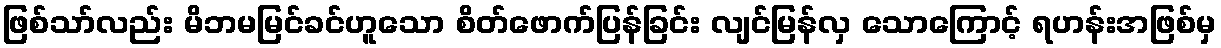
ဖြစ်သာ်လည်း မိဘမမြင်ခင်ဟူသော စိတ်ဖောက်ပြန်ခြင်း လျင်မြန်လှ သောကြောင့် ရဟန်းအဖြစ်မှ